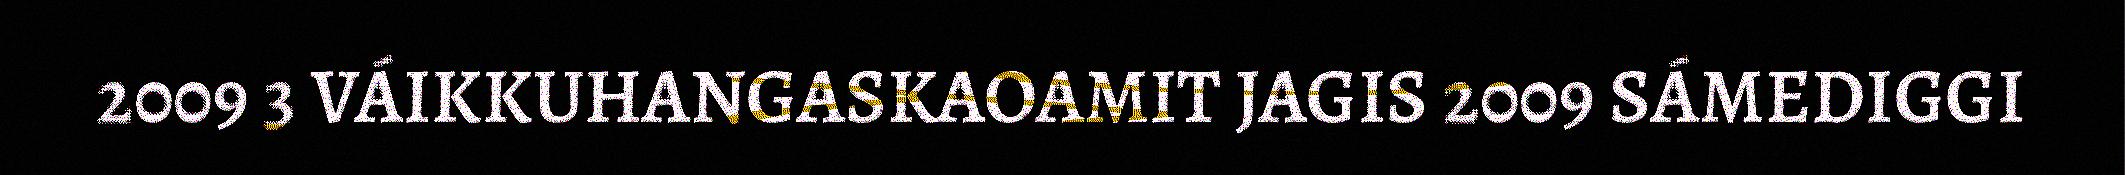
2009 3 VÁIKKUHANGASKAOAMIT JAGIS 2009 SÁMEDIGGI